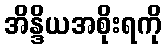
အိန္ဒိယအစိုးရကို